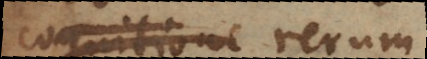
cognitione rerum